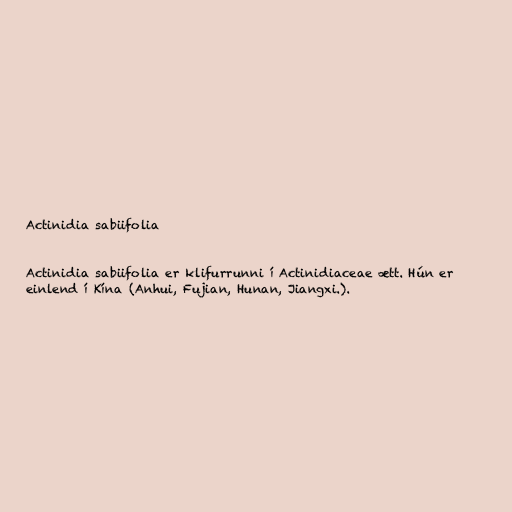
Actinidia sabiifolia

Actinidia sabiifolia er klifurrunni í Actinidiaceae ætt. Hún er
einlend í Kína (Anhui, Fujian, Hunan, Jiangxi.).